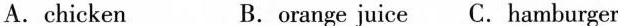
A.chicken B.orange juice C.hamburger